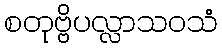
စတုဗ္ဗိပလ္လာသဝသံ